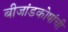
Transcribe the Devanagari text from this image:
बीजांडकोषांची